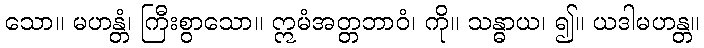
သော။ မဟန္တံ၊ ကြီးစွာသော။ ဣမံအတ္တဘာဝံ၊ ကို။ သန္ဓာယ၊ ၍။ ယဒါမဟန္တ။